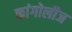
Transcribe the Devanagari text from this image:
कांगोलीज